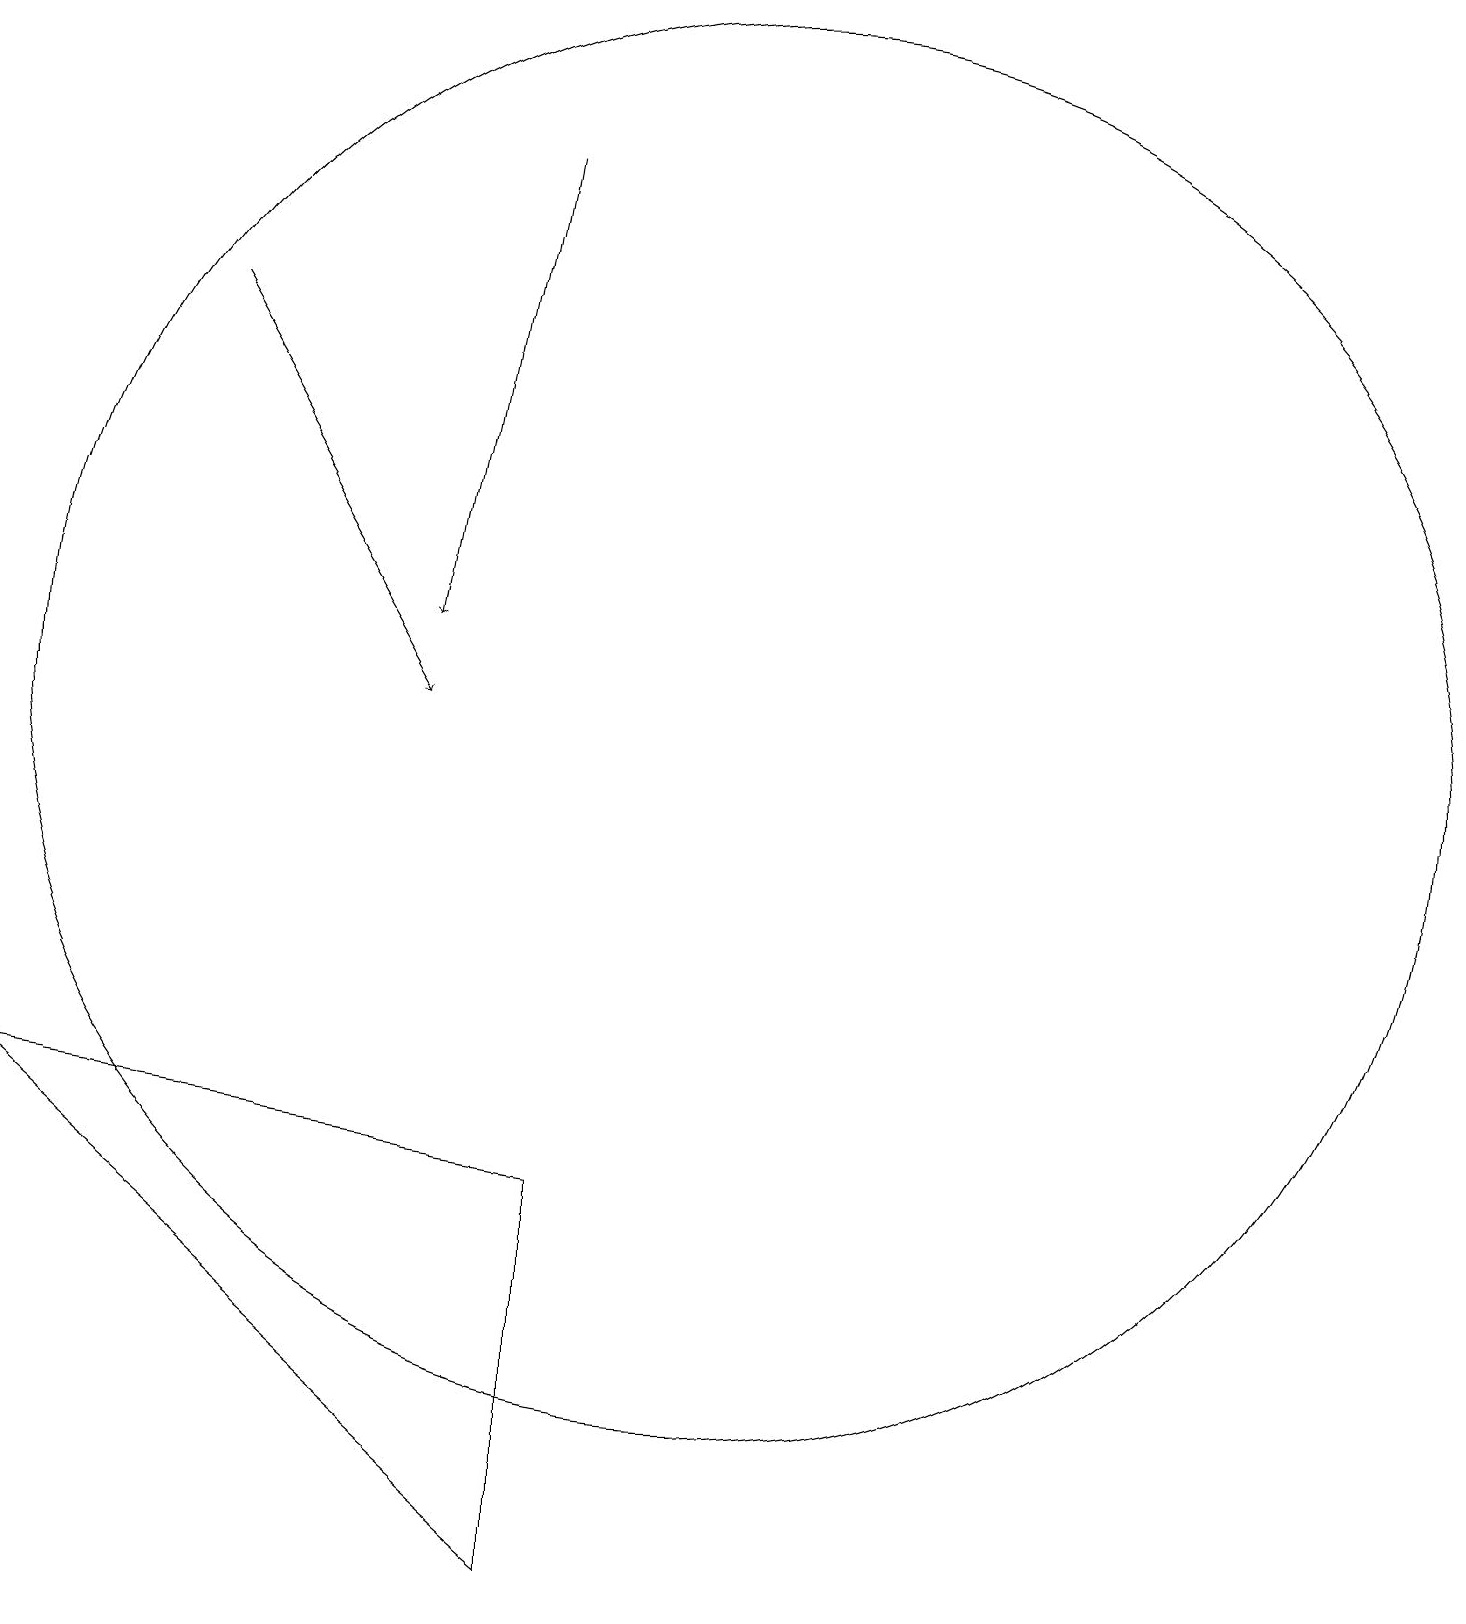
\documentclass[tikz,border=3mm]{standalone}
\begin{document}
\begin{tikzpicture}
\draw[->] (7,19) -- (6,13);
\draw[->] (3,17) -- (6,12);
\draw (8,6) -- (8,1) -- (1,7) -- cycle;
\draw (10,12) circle (9);
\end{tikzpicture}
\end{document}